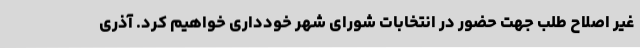
غیر اصلاح طلب جهت حضور در انتخابات شورای شهر خودداری خواهیم کرد. آذری